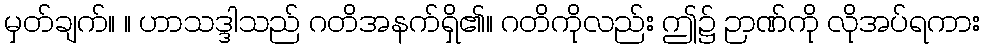
မှတ်ချက်။ ။ ဟာသဒ္ဒါသည် ဂတိအနက်ရှိ၏။ ဂတိကိုလည်း ဤ၌ ဉာဏ်ကို လိုအပ်ရကား